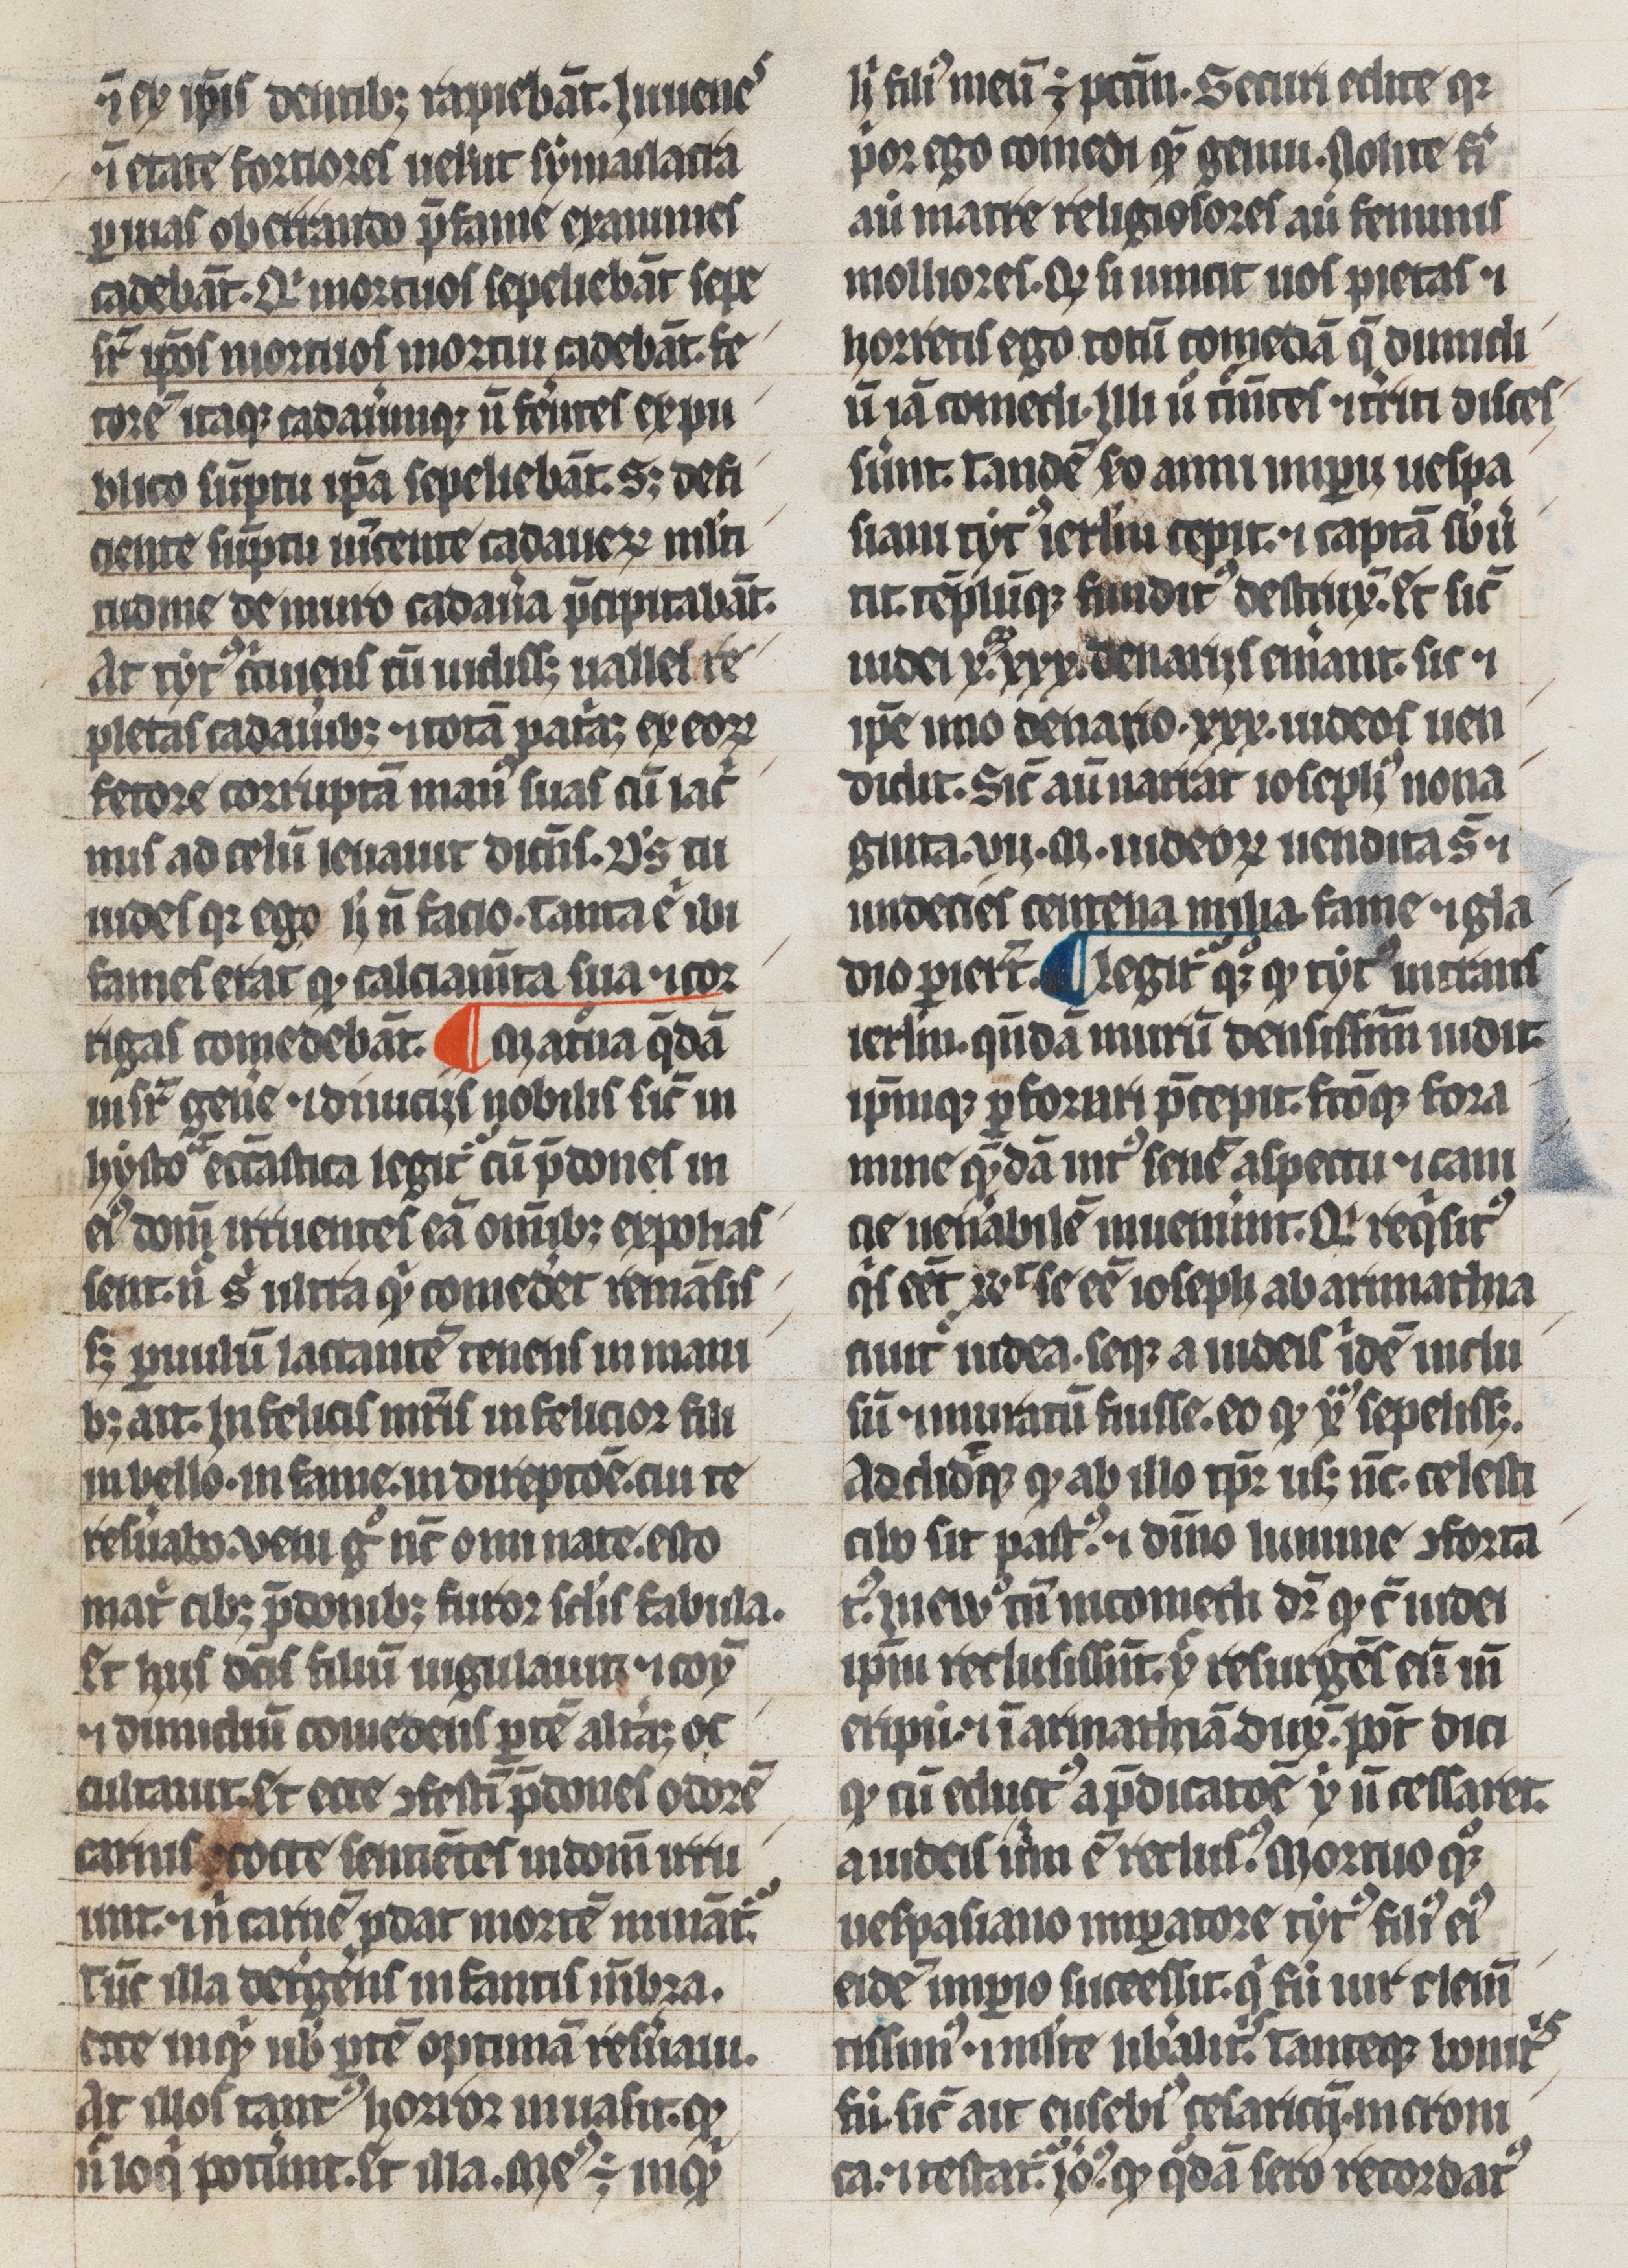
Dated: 1300–1399